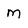
Character: m